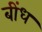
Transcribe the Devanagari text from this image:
बींध